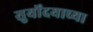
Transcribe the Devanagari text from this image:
सुर्योदयाच्या